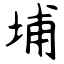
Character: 埔